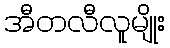
အီတလီလူမျိုး